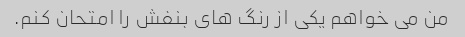
من می خواهم یکی از رنگ های بنفش را امتحان کنم.